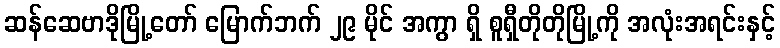
ဆန်ဆေဗာဒိုမြို့တော် မြောက်ဘက် ၂၉ မိုင် အကွာ ရှိ စူရှီတိုတိုမြို့ကို အလုံးအရင်းနှင့်